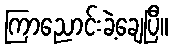
ကြာညောင်းခဲ့ချေပြီ။